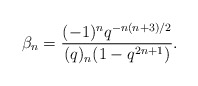
\begin{align*} \beta_n = \frac{(-1)^nq^{-n(n+3)/2}}{(q)_{n}(1-q^{2n+1})}.\end{align*}